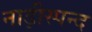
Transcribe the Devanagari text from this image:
नाड़ीस्पन्द